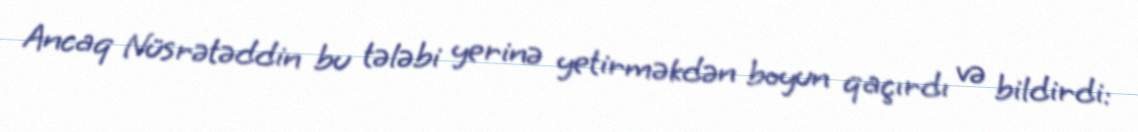
Ancaq Nüsrətəddin bu tələbi yerinə yetirməkdən boyun qaçırdı və bildirdi: